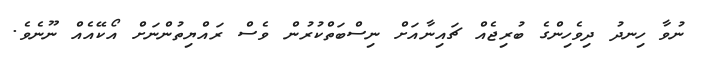
ނުވާ ހިނދު ދިވެހިންގެ ބުރިޖެއް ޗައިނާއަށް ނިސްބަތްކުރުން ވެސް ރައްޔިތުންނަށް އޯކޭއެއް ނޫނެވެ.